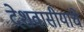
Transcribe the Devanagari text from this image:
देशवासीयांचे